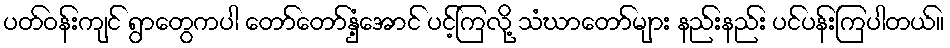
ပတ်ဝန်းကျင် ရွာတွေကပါ တော်တော်နှံ့အောင် ပင့်ကြလို့ သံဃာတော်များ နည်းနည်း ပင်ပန်းကြပါတယ်။